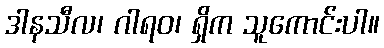
ဒါနသီလ၊ ဂါရဝ၊ ရှိက သူကောင်းပါ။